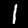
Digit: 1